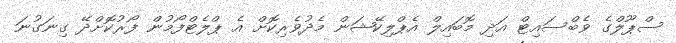
ސްޕޫލްގެ ވެބްސައިޓް އަދި މޮބައިލް އެޕްލިކޭޝަން މެދުވެރިކޮށް އެ ޕްލެޓްފޯމުން ފޯރުކޮށްދޭ ގިނަގުނަ